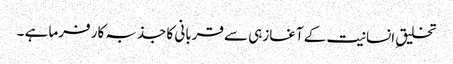
تخلیق ِانسانیت کے آغازہی سے قربانی کا جذبہ کار فرما ہے ۔